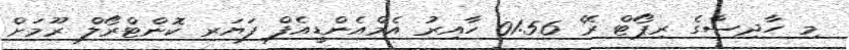
މި ހާދިސާގެ ރިޕޯޓް ރޭ 01:56 ހާއިރު އެމްއެންޑީއެފް ފަޔަރ ކޮންޓްރޯލް ރޫމަށް